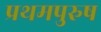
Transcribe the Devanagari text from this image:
प्रथमपुरुष